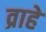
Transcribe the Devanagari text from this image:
व्राहे